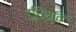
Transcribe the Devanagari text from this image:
द्रिश्ति